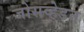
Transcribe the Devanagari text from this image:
जोसव्हेडन